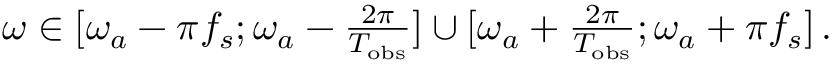
\begin{array} { r } { \omega \in [ \omega _ { a } - \pi f _ { s } ; \omega _ { a } - \frac { 2 \pi } { T _ { \mathrm { o b s } } } ] \cup [ \omega _ { a } + \frac { 2 \pi } { T _ { \mathrm { o b s } } } ; \omega _ { a } + \pi f _ { s } ] \, . } \end{array}